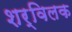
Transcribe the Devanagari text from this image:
शर्विलक